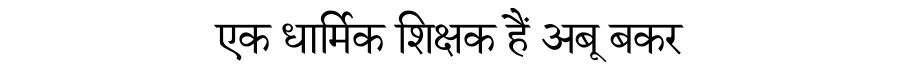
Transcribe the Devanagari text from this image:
एक धार्मिक शिक्षक हैं अबू बकर